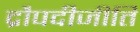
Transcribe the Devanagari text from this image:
द्रौपदीजीति